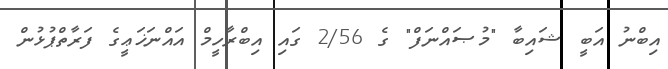
އިބްނު އަބީ ޝައިބާ "މުޞައްނަފް" ގެ 2/56 ގައި އިބްރާހީމް އައްނަޚަޢީގެ ފަރާތްޕުޅުން